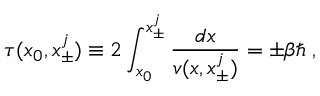
\tau ( x _ { 0 } , x _ { \pm } ^ { j } ) \equiv 2 \int _ { x _ { 0 } } ^ { x _ { \pm } ^ { j } } \frac { d x } { v ( x , x _ { \pm } ^ { j } ) } = \pm \beta \hbar \; ,